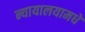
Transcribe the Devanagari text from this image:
न्यायालयामधे